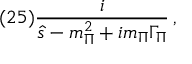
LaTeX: ( 2 5 ) \frac { i } { \hat { s } - m _ { \Pi } ^ { 2 } + i m _ { \Pi } \Gamma _ { \Pi } } \, ,